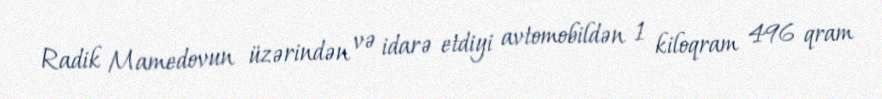
Radik Mamedovun üzərindən və idarə etdiyi avtomobildən 1 kiloqram 496 qram